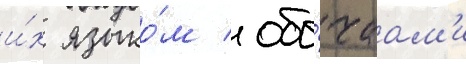
и́х языко́м / обы́чаам'и